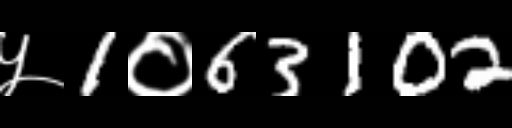
Text: ५1०63102